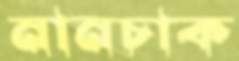
নানচাক